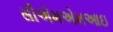
સીએમએમઆઇ